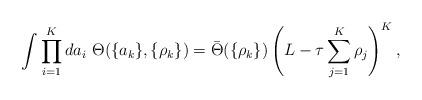
LaTeX: \begin{align*}\int \prod_{i=1}^K da_i\ \Theta(\{a_k\},\{\rho_k\}) =\bar{\Theta}(\{\rho_k\})\left( L - \tau \sum_{j=1}^{K} \rho_j \right)^K ,\end{align*}